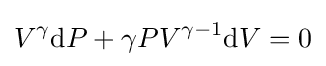
V^{\gamma }\mathrm {d} P+\gamma PV^{\gamma -1}\mathrm {d} V=0